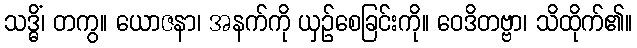
သဒ္ဓိံ၊ တကွ။ ယောဇနာ၊ အနက်ကို ယှဉ်စေခြင်းကို။ ဝေဒိတဗ္ဗာ၊ သိထိုက်၏။